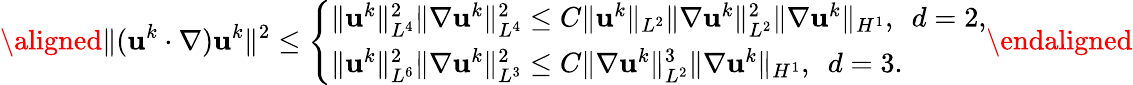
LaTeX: \aligned\| (\textbf{u}^{k}\cdot\nabla)\textbf{u}^{k}\| ^{2}\leq\left\{ \begin{array}{ll}{\| \textbf{u}^{k}\| _{L^{4}}^{2}\| \nabla\textbf{u}^{k}\| _{L^{4}}^{2}\leq C\| \textbf{u}^{k}\| _{L^{2}}\| \nabla\textbf{u}^{k}\| _{L^{2}}^{2}\| \nabla\textbf{u}^{k}\| _{H^{1}},\ \ d=2,}\\ {\| \textbf{u}^{k}\| _{L^{6}}^{2}\| \nabla\textbf{u}^{k}\| _{L^{3}}^{2}\leq C\| \nabla\textbf{u}^{k}\| _{L^{2}}^{3}\| \nabla\textbf{u}^{k}\| _{H^{1}},\ \ d=3.}\end{array}\right.\endaligned